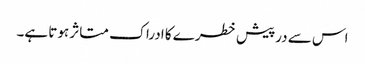
اس سے درپیش خطرے کا ادراک متاثر ہوتا ہے۔